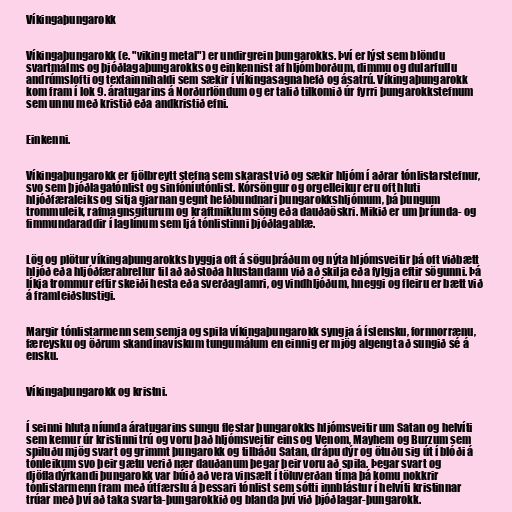
Víkingaþungarokk

Víkingaþungarokk (e. "viking metal") er undirgrein þungarokks. Því er lýst sem blöndu
svartmálms og þjóðlagaþungarokks og einkennist af hljómborðum, dimmu og dularfullu
andrúmslofti og textainnihaldi sem sækir í víkingasagnahefð og ásatrú. Víkingaþungarokk
kom fram í lok 9. áratugarins á Norðurlöndum og er talið tilkomið úr fyrri þungarokkstefnum
sem unnu með kristið eða andkristið efni.

Einkenni.

Víkingaþungarokk er fjölbreytt stefna sem skarast við og sækir hljóm í aðrar tónlistarstefnur,
svo sem þjóðlagatónlist og sinfóníutónlist. Kórsöngur og orgelleikur eru oft hluti
hljóðfæraleiks og sitja gjarnan gegnt hefðbundnari þungarokkshljómum, þá þungum
trommuleik, rafmagnsgíturum og kraftmiklum söng eða dauðaöskri. Mikið er um þríunda- og
fimmundaraddir í laglínum sem ljá tónlistinni þjóðlagablæ.

Lög og plötur víkingaþungarokks byggja oft á söguþráðum og nýta hljómsveitir þá oft viðbætt
hljóð eða hljóðfærabrellur til að aðstoða hlustandann við að skilja eða fylgja eftir sögunni. Þá
líkja trommur eftir skeiði hesta eða sverðaglamri, og vindhljóðum, hneggi og fleiru er bætt við
á framleiðslustigi.

Margir tónlistarmenn sem semja og spila víkingaþungarokk syngja á íslensku, fornnorrænu,
færeysku og öðrum skandínavískum tungumálum en einnig er mjög algengt að sungið sé á
ensku.

Víkingaþungarokk og kristni.

Í seinni hluta níunda áratugarins sungu flestar þungarokks hljómsveitir um Satan og helvíti
sem kemur úr kristinni trú og voru það hljómsveitir eins og Venom, Mayhem og Burzum sem
spiluðu mjög svart og grimmt þungarokk og tilbáðu Satan, drápu dýr og ötuðu sig út í blóði á
tónleikum svo þeir gætu verið nær dauðanum þegar þeir voru að spila. Þegar svart og
djöfladýrkandi þungarokk var búið að vera vinsælt í töluverðan tíma þá komu nokkrir
tónlistarmenn fram með útfærslu á þessari tónlist sem sótti innblástur í helvíti kristinnar
trúar með því að taka svarta-þungarokkið og blanda því við þjóðlagar-þungarokk.